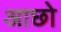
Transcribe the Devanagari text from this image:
आछो